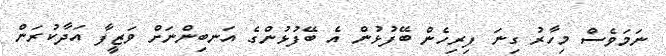
ނަމަވެސް މިހާރު ގިނަ ފިރިހެން ބޭފުޅުން އެ ބޭފުޅުންގެ އަނބިންނަށް ވަޒީފާ އަދާކުރަން